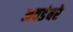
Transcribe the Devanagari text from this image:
अवडंबरे